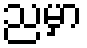
ညမှာ